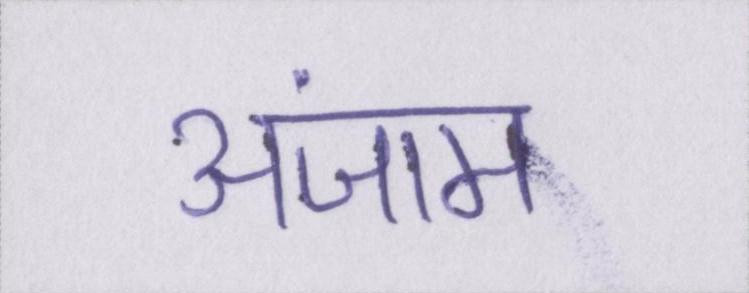
अंजाम